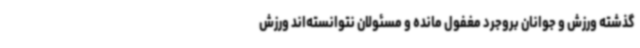
گذشته ورزش و جوانان بروجرد مغفول مانده و مسئولان نتوانسته‌اند ورزش